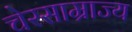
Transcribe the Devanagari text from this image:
चेरसाम्राज्य